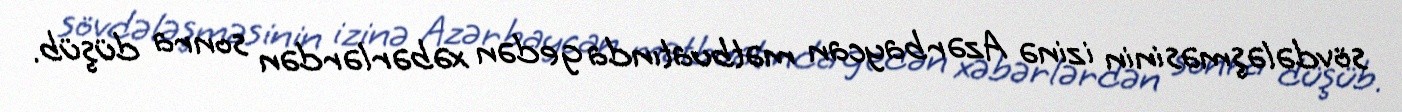
sövdələşməsinin izinə Azərbaycan mətbuatında gedən xəbərlərdən sonra düşüb.